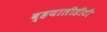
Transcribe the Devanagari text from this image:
व्हयालीडीटी